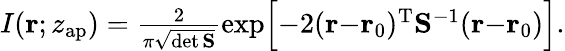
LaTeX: \begin{array}{r}{I(\mathbf{r};z_{\mathrm{ap}})=\frac{2}{\pi\sqrt{\operatorname*{det}\mathbf{S}}}\exp\Bigl[-2({\mathbf{r}}{-}{\mathbf{r}}_{0})^{\mathrm{T}}{\mathbf{S}}^{-1}({\mathbf r}{-}{\mathbf r}_{0})\Bigr].}\end{array}